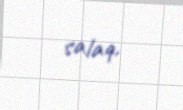
salaq.